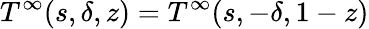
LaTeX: T^{\infty}(s,\delta,z)=T^{\infty}(s,-\delta,1-z)